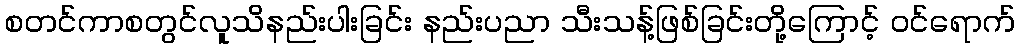
စတင်ကာစတွင်လူသိနည်းပါးခြင်း နည်းပညာ သီးသန့်ဖြစ်ခြင်းတို့ကြောင့် ဝင်ရောက်